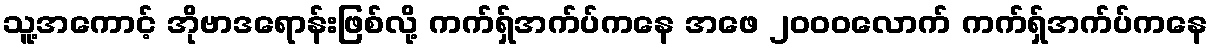
သူ့အကောင့် အိုဗာဒရောန်းဖြစ်လို့ ကက်ရှ်အက်ပ်ကနေ အဖေ ၂၀၀၀လောက် ကက်ရှ်အက်ပ်ကနေ